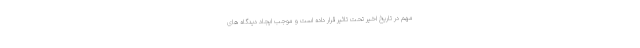
مهم در تاریخ اخیر تحت تاثیر قرار داده است و موجب ایجاد دیدگاه های